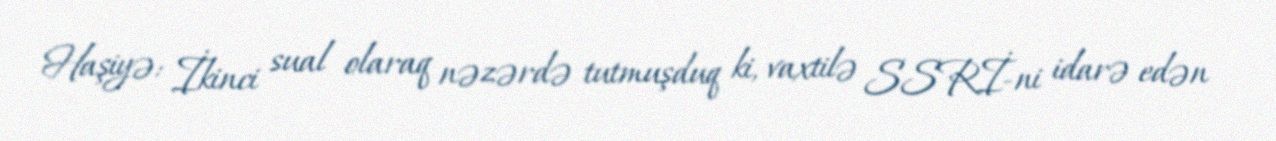
Haşiyə: İkinci sual olaraq nəzərdə tutmuşduq ki, vaxtilə SSRİ-ni idarə edən